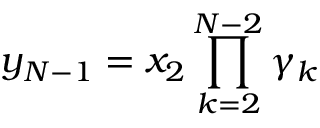
y _ { N - 1 } = x _ { 2 } \prod _ { k = 2 } ^ { N - 2 } \gamma _ { k }